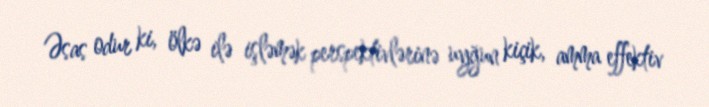
Əsas odur ki, ölkə ilə işləmək perspektivlərinə uyğun kiçik, amma effektiv